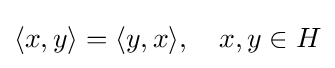
\langle x,y\rangle =\langle y,x\rangle ,\quad x,y\in H